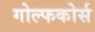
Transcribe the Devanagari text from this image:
गोल्फकोर्स